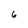
Character: 6